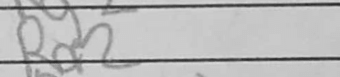
Transcription: Rd2